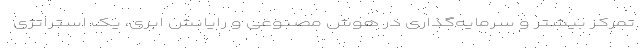
تمرکز بیشتر و سرمایه‌گذاری در هوش مصنوعی و رایانش ابری، یک استراتژی